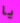
يا